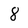
Character: 8